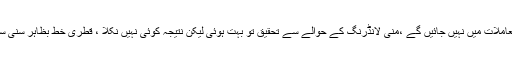
جسٹس آصف سعید کھوسہ نے ریمارکس دیئے ہیں کہ ہم سیاسی معاملات میں نہیں جائیں گے ،منی لانڈرنگ کے حوالے سے تحقیق تو بہت ہوئی لیکن نتیجہ کوئی نہیں نکلا ، قطری خط بظاہر سنی سنائی بات ہے اس کی قانونی حیثیت پر سوال اٹھائے جا سکتے ہیں۔